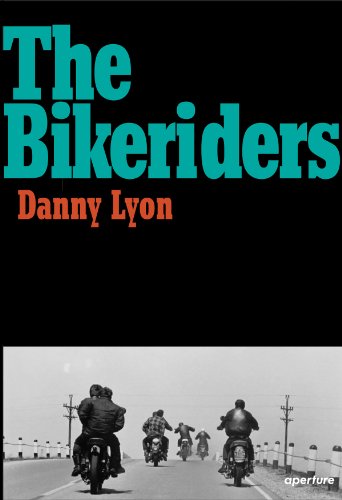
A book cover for Danny Lyon: The Bikeriders; Sports & Outdoors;